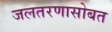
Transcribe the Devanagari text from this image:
जलतरणासोबत